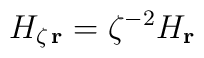
{H}_{\zeta \, \bf r}= \zeta^{-2} {H}_{\bf r}\;